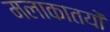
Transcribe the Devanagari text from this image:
मलाकातयों